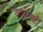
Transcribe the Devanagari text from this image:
देवतेलाही